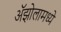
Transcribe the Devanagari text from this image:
ॲझोलामध्ये